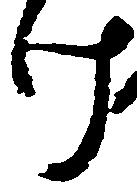
け